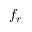
f _ { r }